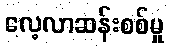
လေ့လာဆန်းစစ်မှု